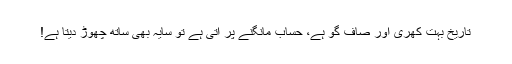
تاریخ بہت کھری اور صاف گو ہے، حساب مانگنے پر آتی ہے تو سایہ بھی ساتھ چھوڑ دیتا ہے!